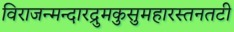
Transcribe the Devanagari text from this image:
विराजन्मन्दारद्रुमकुसुमहारस्तनतटी